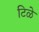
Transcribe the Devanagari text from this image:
टिळे